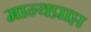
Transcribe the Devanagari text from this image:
मान्यप्राप्त